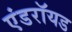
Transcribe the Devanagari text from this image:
एंडराॅयड